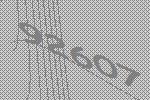
92607